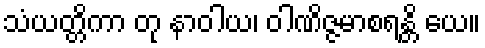
သံယတ္တိကာ တု နာဝါယ၊ ဝါဏိဇ္ဇမာစရန္တိ ယေ။